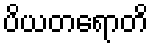
ပိယတရောတိ